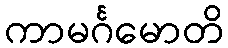
ကာမင်္ဂမောတိ